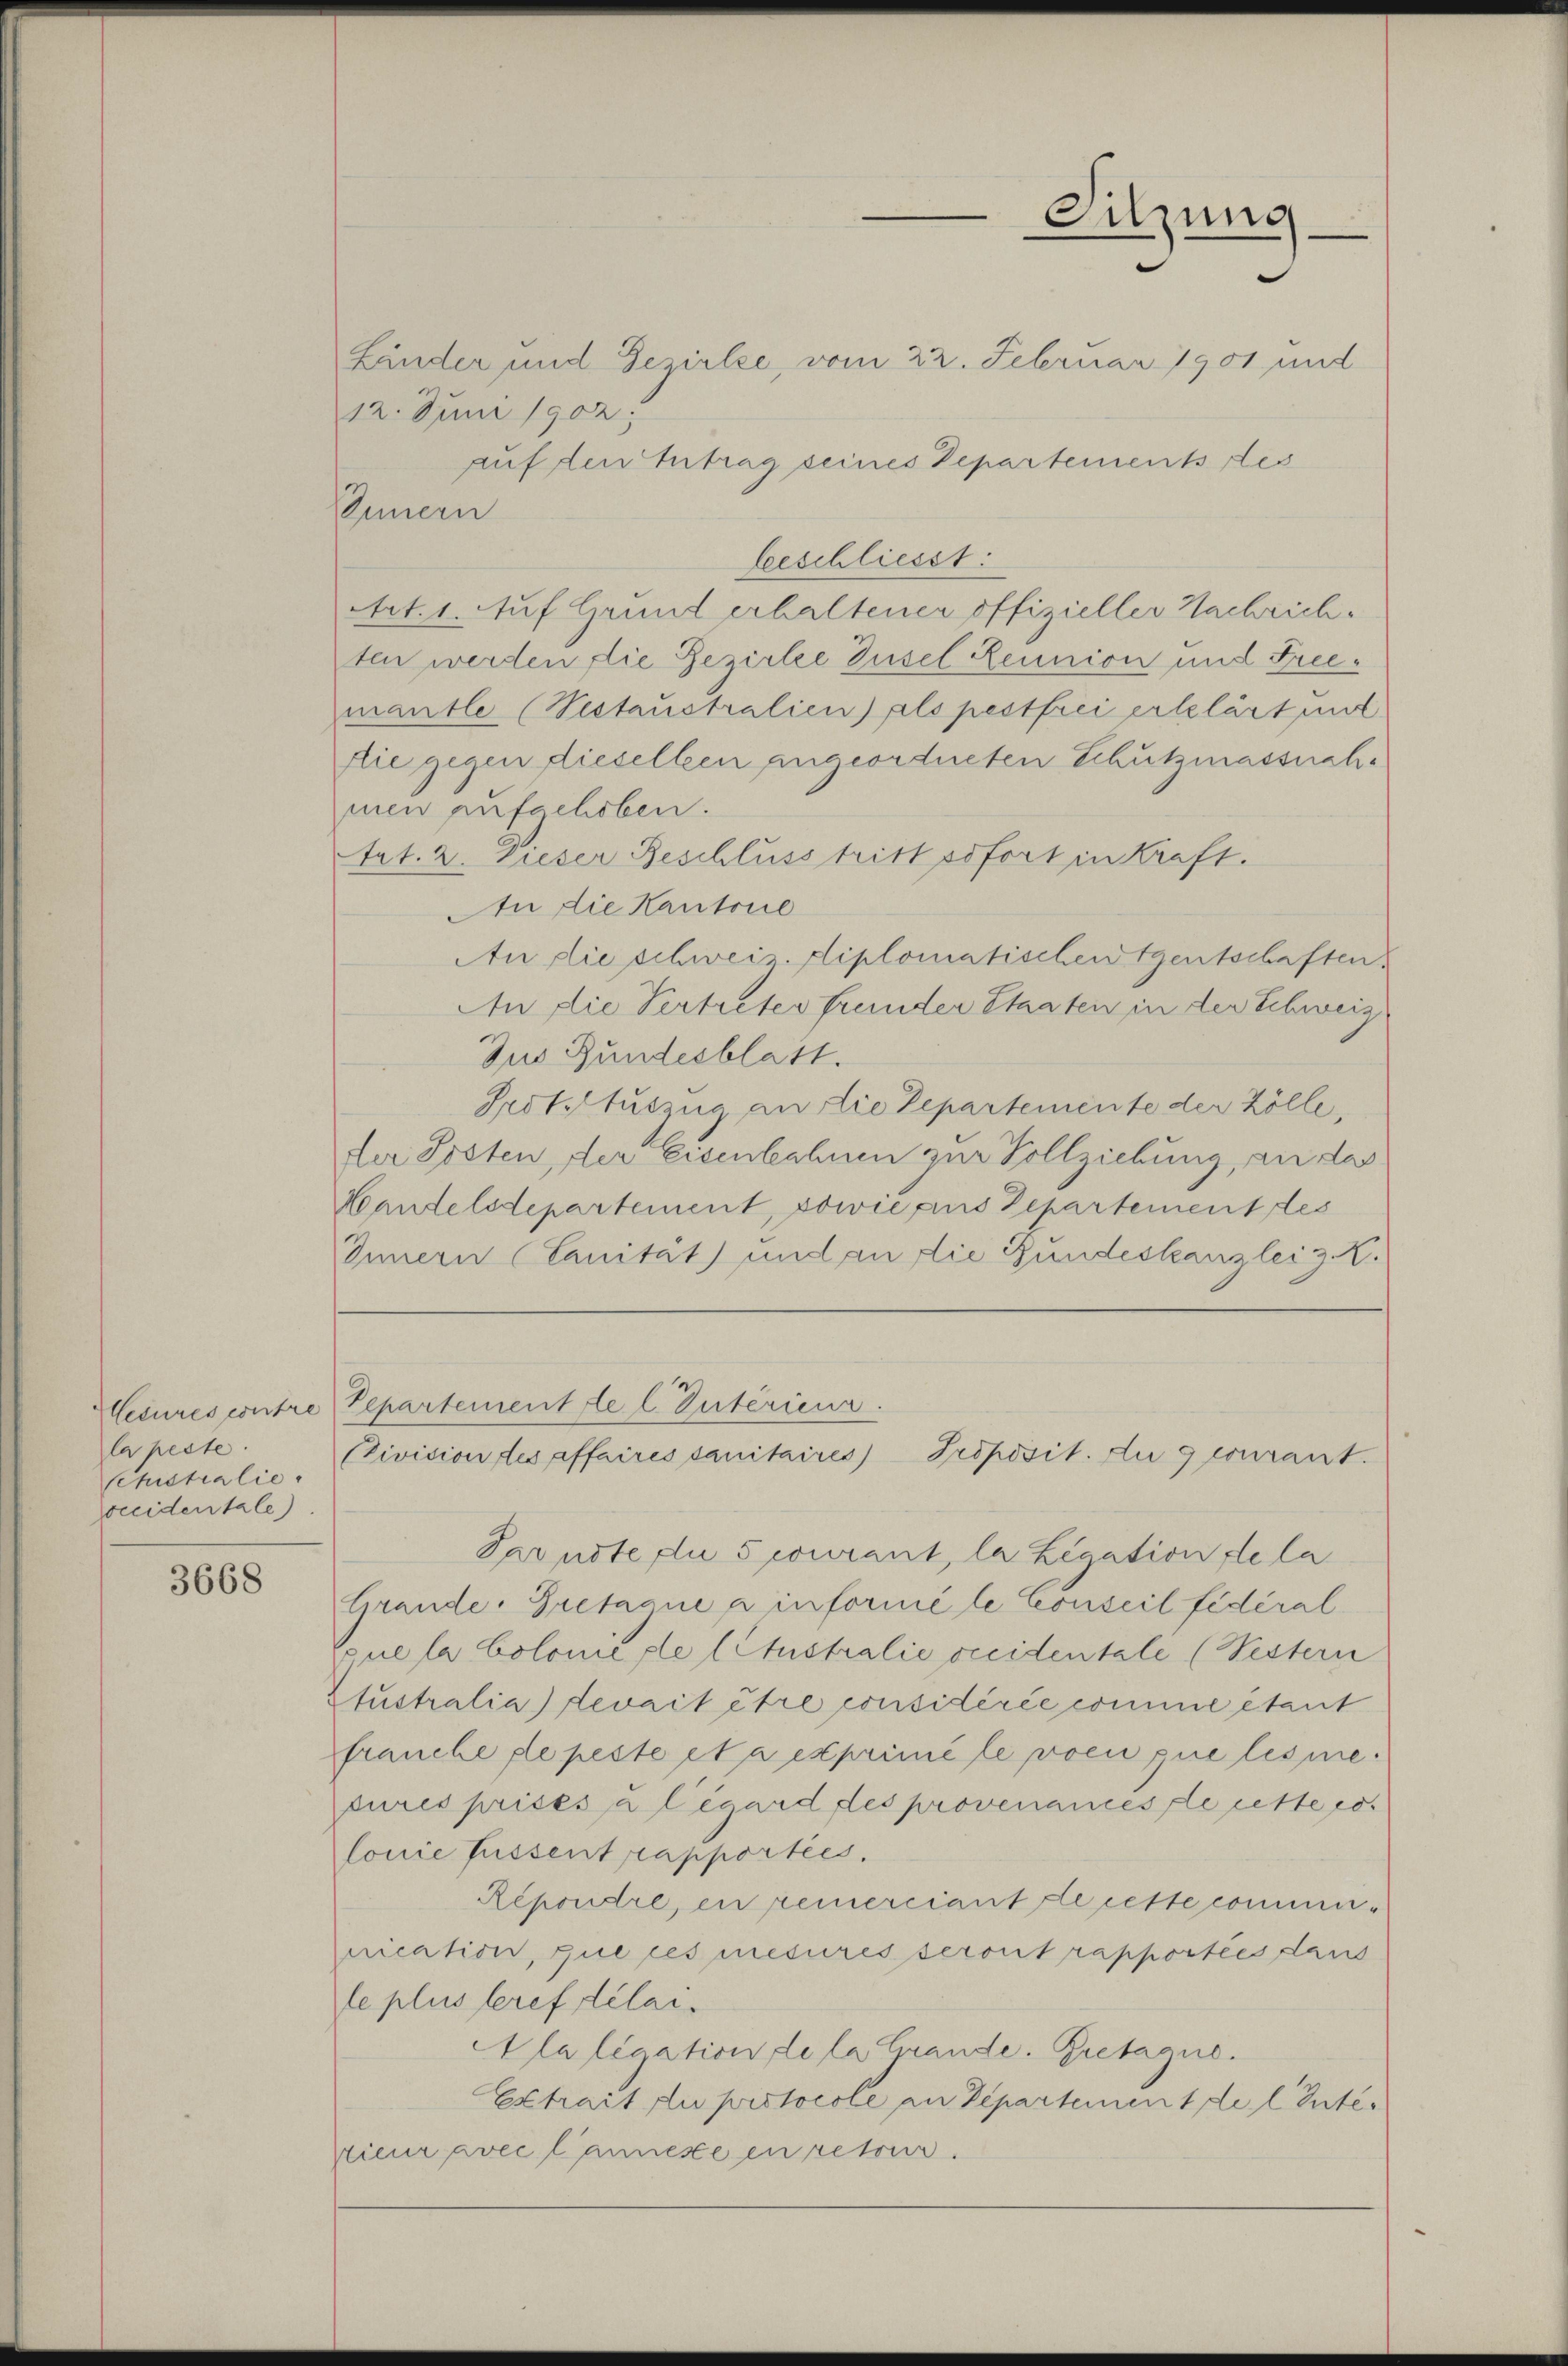
lapeste.
Schistialie
soccidentale)

3668

Länder und Gezielte, vom 22. Februar 1901 und
12. Juni 1902;
auf den Antrag seines Departements des
Innern
beeschliesst:
Art. 1. Auf Grund erhaltener offizieller Nachrichten werden die Bezirke Zusel Reunion und Friemantle (Testaustralien) als pestfrei erlelärt und
Die gegen dieselben angeordneten Schutzmassnahmen aufschoben.
tat. 2. Dieser Beschluss tritt sofort in Kraft.
An die Kantone
An die schweiz diplomatischen entschaften
An die Vertreter frunder Staaten in der Schweiz
Zus Bundesblatt.
Protstuszug an die Departemente der Zölle,
der Posten, der Eisenbahnen zur Vollziehung, an das
Mandelsdepartement, sowie aus Departement tes
Innern (Canität und an die Bundeskanzlei z. K.
Hesures contre Departement de l. Interiena
Ctivision des affaires sanitaires Proposit. Du g comant.
Parnste die 5 courant, la Legation de la
Grande. Gretagnie a informé le Conseil fédéral
que la bolonie ste (Ctustralie seidentale (Pestern
Stustralia) devait être considérée comme étant
franche de peste et a exprimite voen que lesie.
cures prises a légard des provenances de cette so
lonie Füssent rapportées,
Répondre, en remerciant de cette commer-
nication, que ces mesures seront rapportées dans
le plus tref délai
Alaligation de la Grande. Bretagne.
Extrait du protocole an Departement de l Intesieur avec l’annese en retour

Sitzung